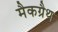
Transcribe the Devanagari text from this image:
मैकग्रैथ